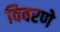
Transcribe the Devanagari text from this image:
विवरणे